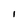
Character: I